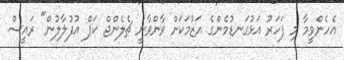
އެހެންވީމާ މި ފަހަރު އަޅުގަނޑުމެންގެ އަޒުމަކަށް ވާންވާނީ ޗެލެންޖް ކަޕް އުފުލާލުން" ރައީސް